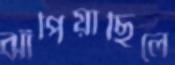
ঝাঁপিয়াছিলে